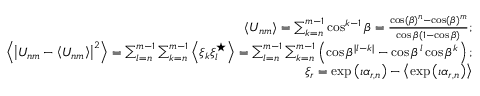
\begin{array} { r l r } & { } & { \left\langle U _ { n m } \right\rangle = \sum _ { k = n } ^ { m - 1 } \cos ^ { k - 1 } \beta = \frac { \cos ( \beta ) ^ { n } - \cos ( \beta ) ^ { m } } { \cos \beta ( 1 - \cos \beta ) } ; } \\ & { } & { \left\langle \left| U _ { n m } - \left\langle U _ { n m } \right\rangle \right| ^ { 2 } \right\rangle = \sum _ { l = n } ^ { m - 1 } \sum _ { k = n } ^ { m - 1 } \left\langle \xi _ { k } \xi _ { l } ^ { \star } \right\rangle = \sum _ { l = n } ^ { m - 1 } \sum _ { k = n } ^ { m - 1 } \left( \cos \beta ^ { | l - k | } - \cos \beta ^ { l } \cos \beta ^ { k } \right) ; } \\ & { } & { \xi _ { r } = \exp \left( \imath \alpha _ { r , n } \right) - \left\langle \exp \left( \imath \alpha _ { r , n } \right) \right\rangle } \end{array}